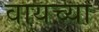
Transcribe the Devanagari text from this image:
वायच्या